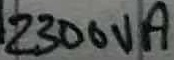
Text: 2300VA